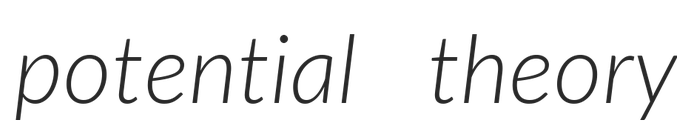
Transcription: potential theory